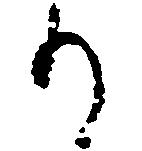
り